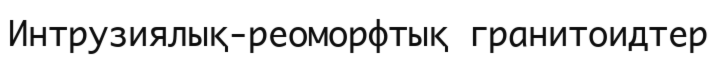
Интрузиялық-реоморфтық гранитоидтер